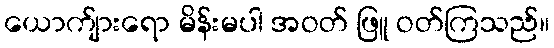
ယောက်ျားရော မိန်းမပါ အဝတ် ဖြူ ဝတ်ကြသည်။